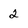
Character: 2